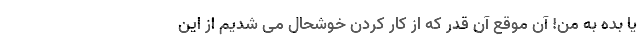
یا بده به من! آن موقع آن قدر که از کار کردن خوشحال می شدیم از این